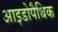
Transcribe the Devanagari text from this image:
आइडोपैथिक